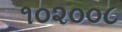
૧૦૨૦૦૮